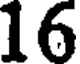
16